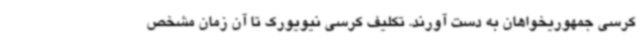
کرسی جمهوریخواهان به دست آورند. تکلیف کرسی نیویورک تا آن زمان مشخص